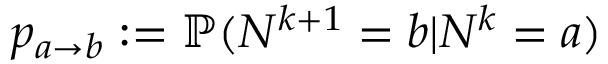
p _ { a \to b } : = \mathbb { P } ( N ^ { k + 1 } = b | N ^ { k } = a )